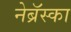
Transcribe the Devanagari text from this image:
नेब्रॅस्का